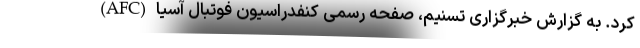
کرد. به گزارش خبرگزاری تسنیم، صفحه رسمی کنفدراسیون فوتبال آسیا (AFC)